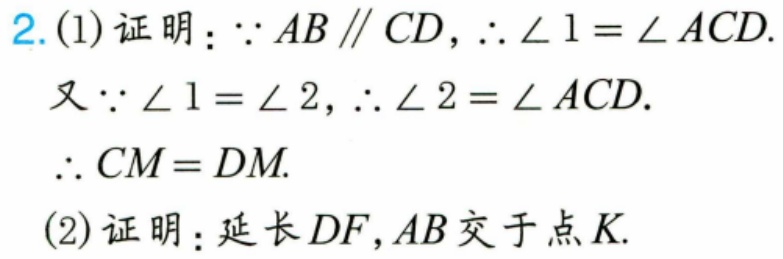
2.(1)证明：\(\because AB\parallel CD\)，\(\therefore\angle 1 = \angle ACD\).
又\(\because\angle 1=\angle 2\)，\(\therefore\angle 2 = \angle ACD\).
\(\therefore CM = DM\).
(2)证明：延长\(DF\)，\(AB\)交于点\(K\).